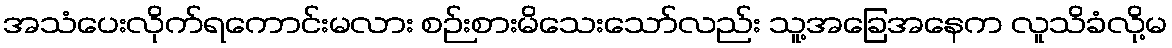
အသံပေးလိုက်ရကောင်းမလား စဉ်းစားမိသေးသော်လည်း သူ့အခြေအနေက လူသိခံလို့မ